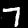
Digit: 7